Report of an investigation into the causes of the diseases known in Assam as Kála-Azár and Beri-Beri
Disease focus: Beri-Beri
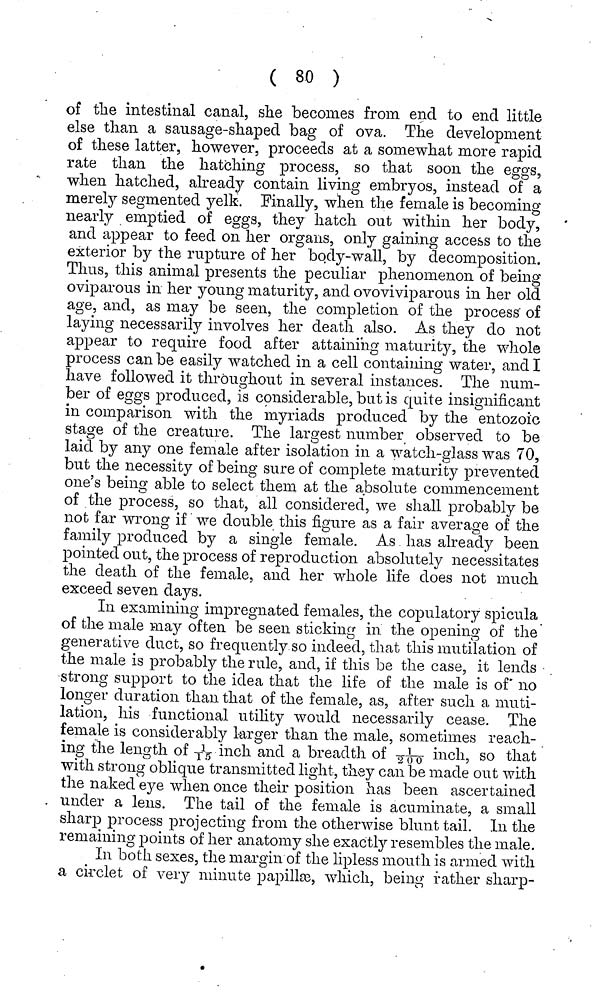
( 80 )
of the intestinal canal, she becomes from end to end little
else than a sausage-shaped bag of ova. The development
of these latter, however, proceeds at a somewhat more rapid
rate than the hatching process, so that soon the eggs,
when hatched, already contain living embryos, instead of a
merely segmented yelk. Finally, when the female is becoming
nearly emptied of eggs, they hatch out within her body,
and appear to feed on her organs, only gaining access to the
exterior by the rupture of her body-wall, by decomposition.
Thus, this animal presents the peculiar phenomenon of being
oviparous in her young maturity, and ovoviviparous in her old
age, and, as may be seen, the completion of the process" of
laying necessarily involves her death also. As they do not
appear to require food after attaining maturity, the whole
process can be easily watched in a cell containing water, and I
have followed it throughout in several instances. The num-
ber of eggs produced, is considerable, but is quite insignificant
in comparison with the myriads produced by the entozoic
stage of the creature. The largest number observed to be
laid by any one female after isolation in a watch-glass was 70,
but the necessity of being sure of complete maturity prevented
one's being able to select them at the absolute commencement
of the process, so that, all considered, we shall probably be
not far wrong if we double this figure as a fair average of the
family produced by a single female. As has already been
pointed out, the process of reproduction absolutely necessitates
the death of the female, and her whole life does not much
exceed seven days.
In examining impregnated females, the copulatory spicula
of the male may often be seen sticking in the opening of the
generative duct, so frequently so indeed, that this mutilation of
the male is probably the rule, and, if this be the case, it lends
strong support to the idea that the life of the male is of no
longer duration than that of the female, as, after such a muti-
lation, his functional utility would necessarily cease. The
female is considerably larger than the male, sometimes reach-
ing the length of 1/15 inch and a breadth of 1/200 inch, so that
with strong oblique transmitted light, they can be made out with
the naked eye when once their position has been ascertained
under a lens. The tail of the female is acuminate, a small
sharp process projecting from the otherwise blunt tail. In the
remaining points of her anatomy she exactly resembles the male.
In both sexes, the margin of the lipless mouth is armed with
a circlet of very minute papilke, which, being rather sharp-